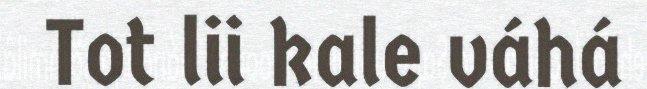
Tot lii kale váhá